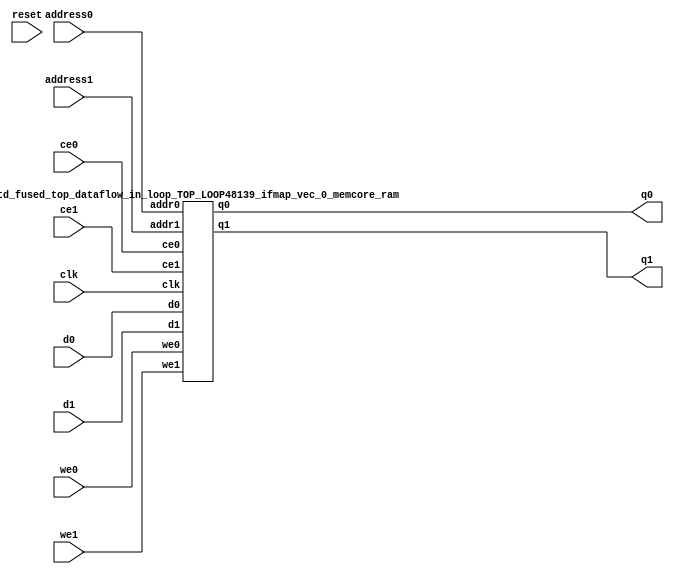
`define EXPONENT 5
`define MANTISSA 10
`define ACTUAL_MANTISSA 11
`define EXPONENT_LSB 10
`define EXPONENT_MSB 14
`define MANTISSA_LSB 0
`define MANTISSA_MSB 9
`define MANTISSA_MUL_SPLIT_LSB 3
`define MANTISSA_MUL_SPLIT_MSB 9
`define SIGN 1
`define SIGN_LOC 15
`define DWIDTH (`SIGN+`EXPONENT+`MANTISSA)
`define IEEE_COMPLIANCE 1

module td_fused_top_dataflow_in_loop_TOP_LOOP48139_ifmap_vec_0_memcore(
    reset,
    clk,
    address0,
    ce0,
    we0,
    d0,
    q0,
    address1,
    ce1,
    we1,
    d1,
    q1);

parameter DataWidth = 32'd16;
parameter AddressRange = 32'd144;
parameter AddressWidth = 32'd8;
input reset;
input clk;
input[AddressWidth - 1:0] address0;
input ce0;
input we0;
input[DataWidth - 1:0] d0;
output[DataWidth - 1:0] q0;
input[AddressWidth - 1:0] address1;
input ce1;
input we1;
input[DataWidth - 1:0] d1;
output[DataWidth - 1:0] q1;



td_fused_top_dataflow_in_loop_TOP_LOOP48139_ifmap_vec_0_memcore_ram td_fused_top_dataflow_in_loop_TOP_LOOP48139_ifmap_vec_0_memcore_ram_U(
    .clk( clk ),
    .addr0( address0 ),
    .ce0( ce0 ),
    .we0( we0 ),
    .d0( d0 ),
    .q0( q0 ),
    .addr1( address1 ),
    .ce1( ce1 ),
    .we1( we1 ),
    .d1( d1 ),
    .q1( q1 )
);

endmodule
module td_fused_top_dataflow_in_loop_TOP_LOOP48139_ifmap_vec_0_memcore_ram (addr0, ce0, d0, we0, q0, addr1, ce1, d1, we1, q1,  clk);

parameter DWIDTH = 16;
parameter AWIDTH = 8;
parameter MEM_SIZE = 144;

input[AWIDTH-1:0] addr0;
input ce0;
input[DWIDTH-1:0] d0;
input we0;
output reg[DWIDTH-1:0] q0;
input[AWIDTH-1:0] addr1;
input ce1;
input[DWIDTH-1:0] d1;
input we1;
output reg[DWIDTH-1:0] q1;
input clk;

reg [DWIDTH-1:0] ram[MEM_SIZE-1:0];




always @(posedge clk)  
begin 
    if (ce0) begin
        if (we0) 
            ram[addr0] <= d0; 
        q0 <= ram[addr0];
    end
end


always @(posedge clk)  
begin 
    if (ce1) begin
        if (we1) 
            ram[addr1] <= d1; 
        q1 <= ram[addr1];
    end
end


endmodule